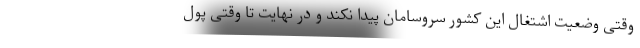
وقتی وضعیت اشتغال این کشور سروسامان پیدا نکند و در نهایت تا وقتی پول